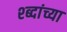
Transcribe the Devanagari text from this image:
श्ब्दांच्या